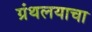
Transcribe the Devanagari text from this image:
ग्रंथलयाचा